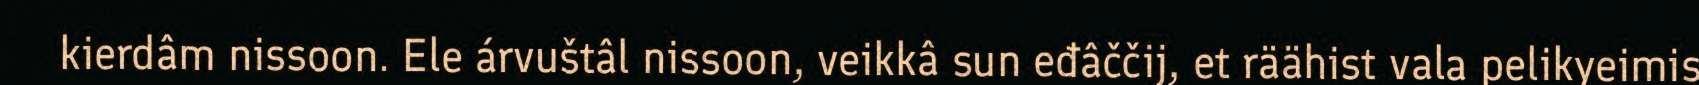
kierdâm nissoon. Ele árvuštâl nissoon, veikkâ sun eđâččij, et räähist vala pelikyeimis